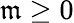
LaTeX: \mathfrak{m}\geq0